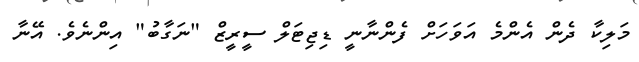
މަލިކާ ދެން އެންމެ އަވަހަށް ފެންނާނީ ޑިޖިޓަލް ސީރީޒް "ނަގާބު" އިންނެވެ. އޭނާ